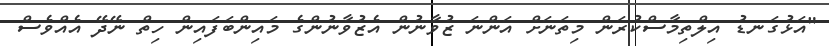
"އަޅުގަނޑު އިލްތިމާސްކުރަން މިތަނަށް އަންނަ ޒުވާނުން އެޒުވާނުންގެ މައިންބަފައިން ހިތް ނޭދޭ އެއްވެސް